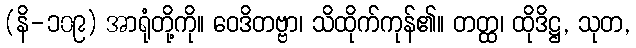
(နိ-၁၀၉) အာရုံတို့ကို။ ဝေဒိတဗ္ဗာ၊ သိထိုက်ကုန်၏။ တတ္ထ၊ ထိုဒိဋ္ဌ, သုတ,